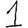
Digit: 1